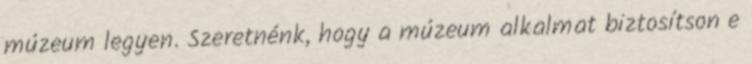
múzeum legyen. Szeretnénk, hogy a múzeum alkalmat biztosítson e